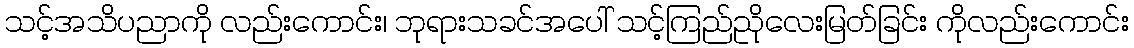
သင့်အသိပညာကို လည်းကောင်း၊ ဘုရားသခင်အပေါ် သင့်ကြည်ညိုလေးမြတ်ခြင်း ကိုလည်းကောင်း